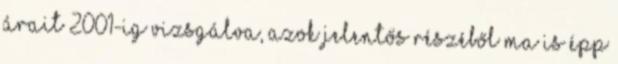
árait 2001-ig vizsgálva, azok jelentős részéből ma is épp